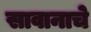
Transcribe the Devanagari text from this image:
सावानाचे